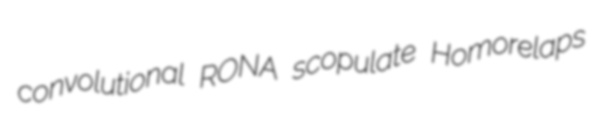
convolutional RONA scopulate Homorelaps